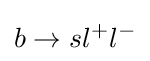
b\to sl^{+}l^{-}